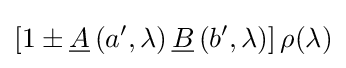
\left[1\pm {\underline {A}}\left(a',\lambda \right){\underline {B}}\left(b',\lambda \right)\right]\rho (\lambda )